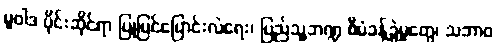
မူဝါဒ ပိုင်းဆိုင်ရာ ပြုပြင်ပြောင်းလဲရေး၊ ပြည်သူ့ဘဏ္ဍ စီမံခန့်ခွဲမှုတွေ၊ သဘာဝ